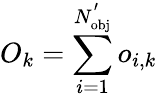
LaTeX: O_{k}=\sum_{i=1}^{N_{\mathrm{{obj}}}^{'}}o_{i,k}